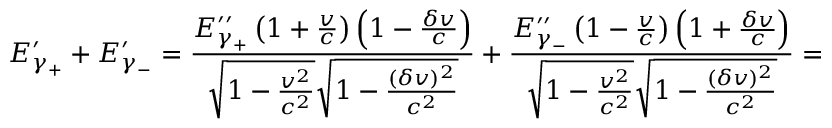
E _ { \gamma _ { + } } ^ { \prime } + E _ { \gamma _ { - } } ^ { \prime } = \frac { E _ { \gamma _ { + } } ^ { \prime \prime } \left( 1 + \frac { v } { c } \right) \left( 1 - \frac { \delta v } { c } \right) } { \sqrt { 1 - \frac { v ^ { 2 } } { c ^ { 2 } } } \sqrt { 1 - \frac { ( \delta v ) ^ { 2 } } { c ^ { 2 } } } } + \frac { E _ { \gamma _ { - } } ^ { \prime \prime } \left( 1 - \frac { v } { c } \right) \left( 1 + \frac { \delta v } { c } \right) } { \sqrt { 1 - \frac { v ^ { 2 } } { c ^ { 2 } } } \sqrt { 1 - \frac { ( \delta v ) ^ { 2 } } { c ^ { 2 } } } } =